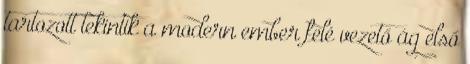
tartozott tekintik a modern ember felé vezető ág első